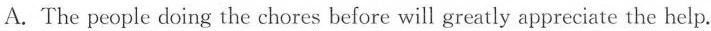
A. The people doing the chores before will greatly appreciate the help.